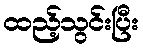
ထည့်သွင်းပြီး